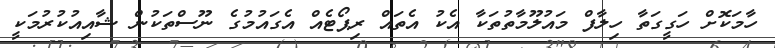
ހާމަކޮށް ހަގީގަތާ ހިލާފް މައުލޫމާތުތަކާ އެކު އެތައް ރިޕޯޓެއް އެގައުމުގެ ނޫސްތަކުން ޝާއިއުކުރުމަކީ